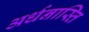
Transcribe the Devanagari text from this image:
अर्धनास्ति